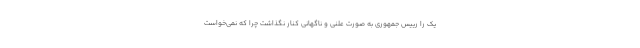
یک را رییس جمهوری به صورت علنی و ناگهانی کنار نگذاشت چرا که نمی‌خواست